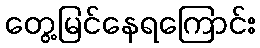
တွေ့မြင်နေရကြောင်း